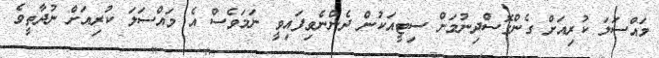
މައްސަލަ ކުރިއަށް ގެންގޮސްދިނުމަށް ސިޓީއަކުން ދެންނެވިފައިވީ ނަމަވެސް އެ މައްސަލަ ކުރިއަށް ނުދާތީވެ